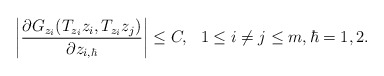
\begin{align*}\bigg|\frac{\partial G_{z_i}(T_{z_i}z_i, T_{z_i}z_j)}{\partial z_{i,\hbar}}\bigg|\leq C, \ \ 1\leq i\neq j\leq m, \hbar=1,2.\end{align*}